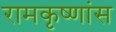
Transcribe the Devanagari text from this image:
रामकृष्णांस